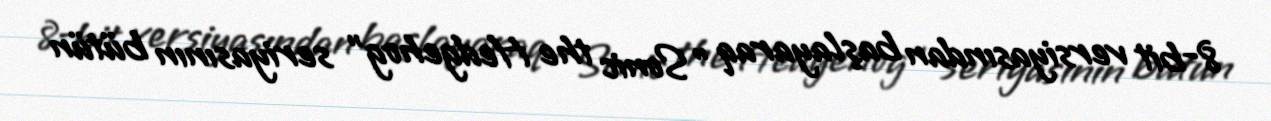
8-bit versiyasından başlayaraq "Sonic the Hedgehog" seriyasının bütün